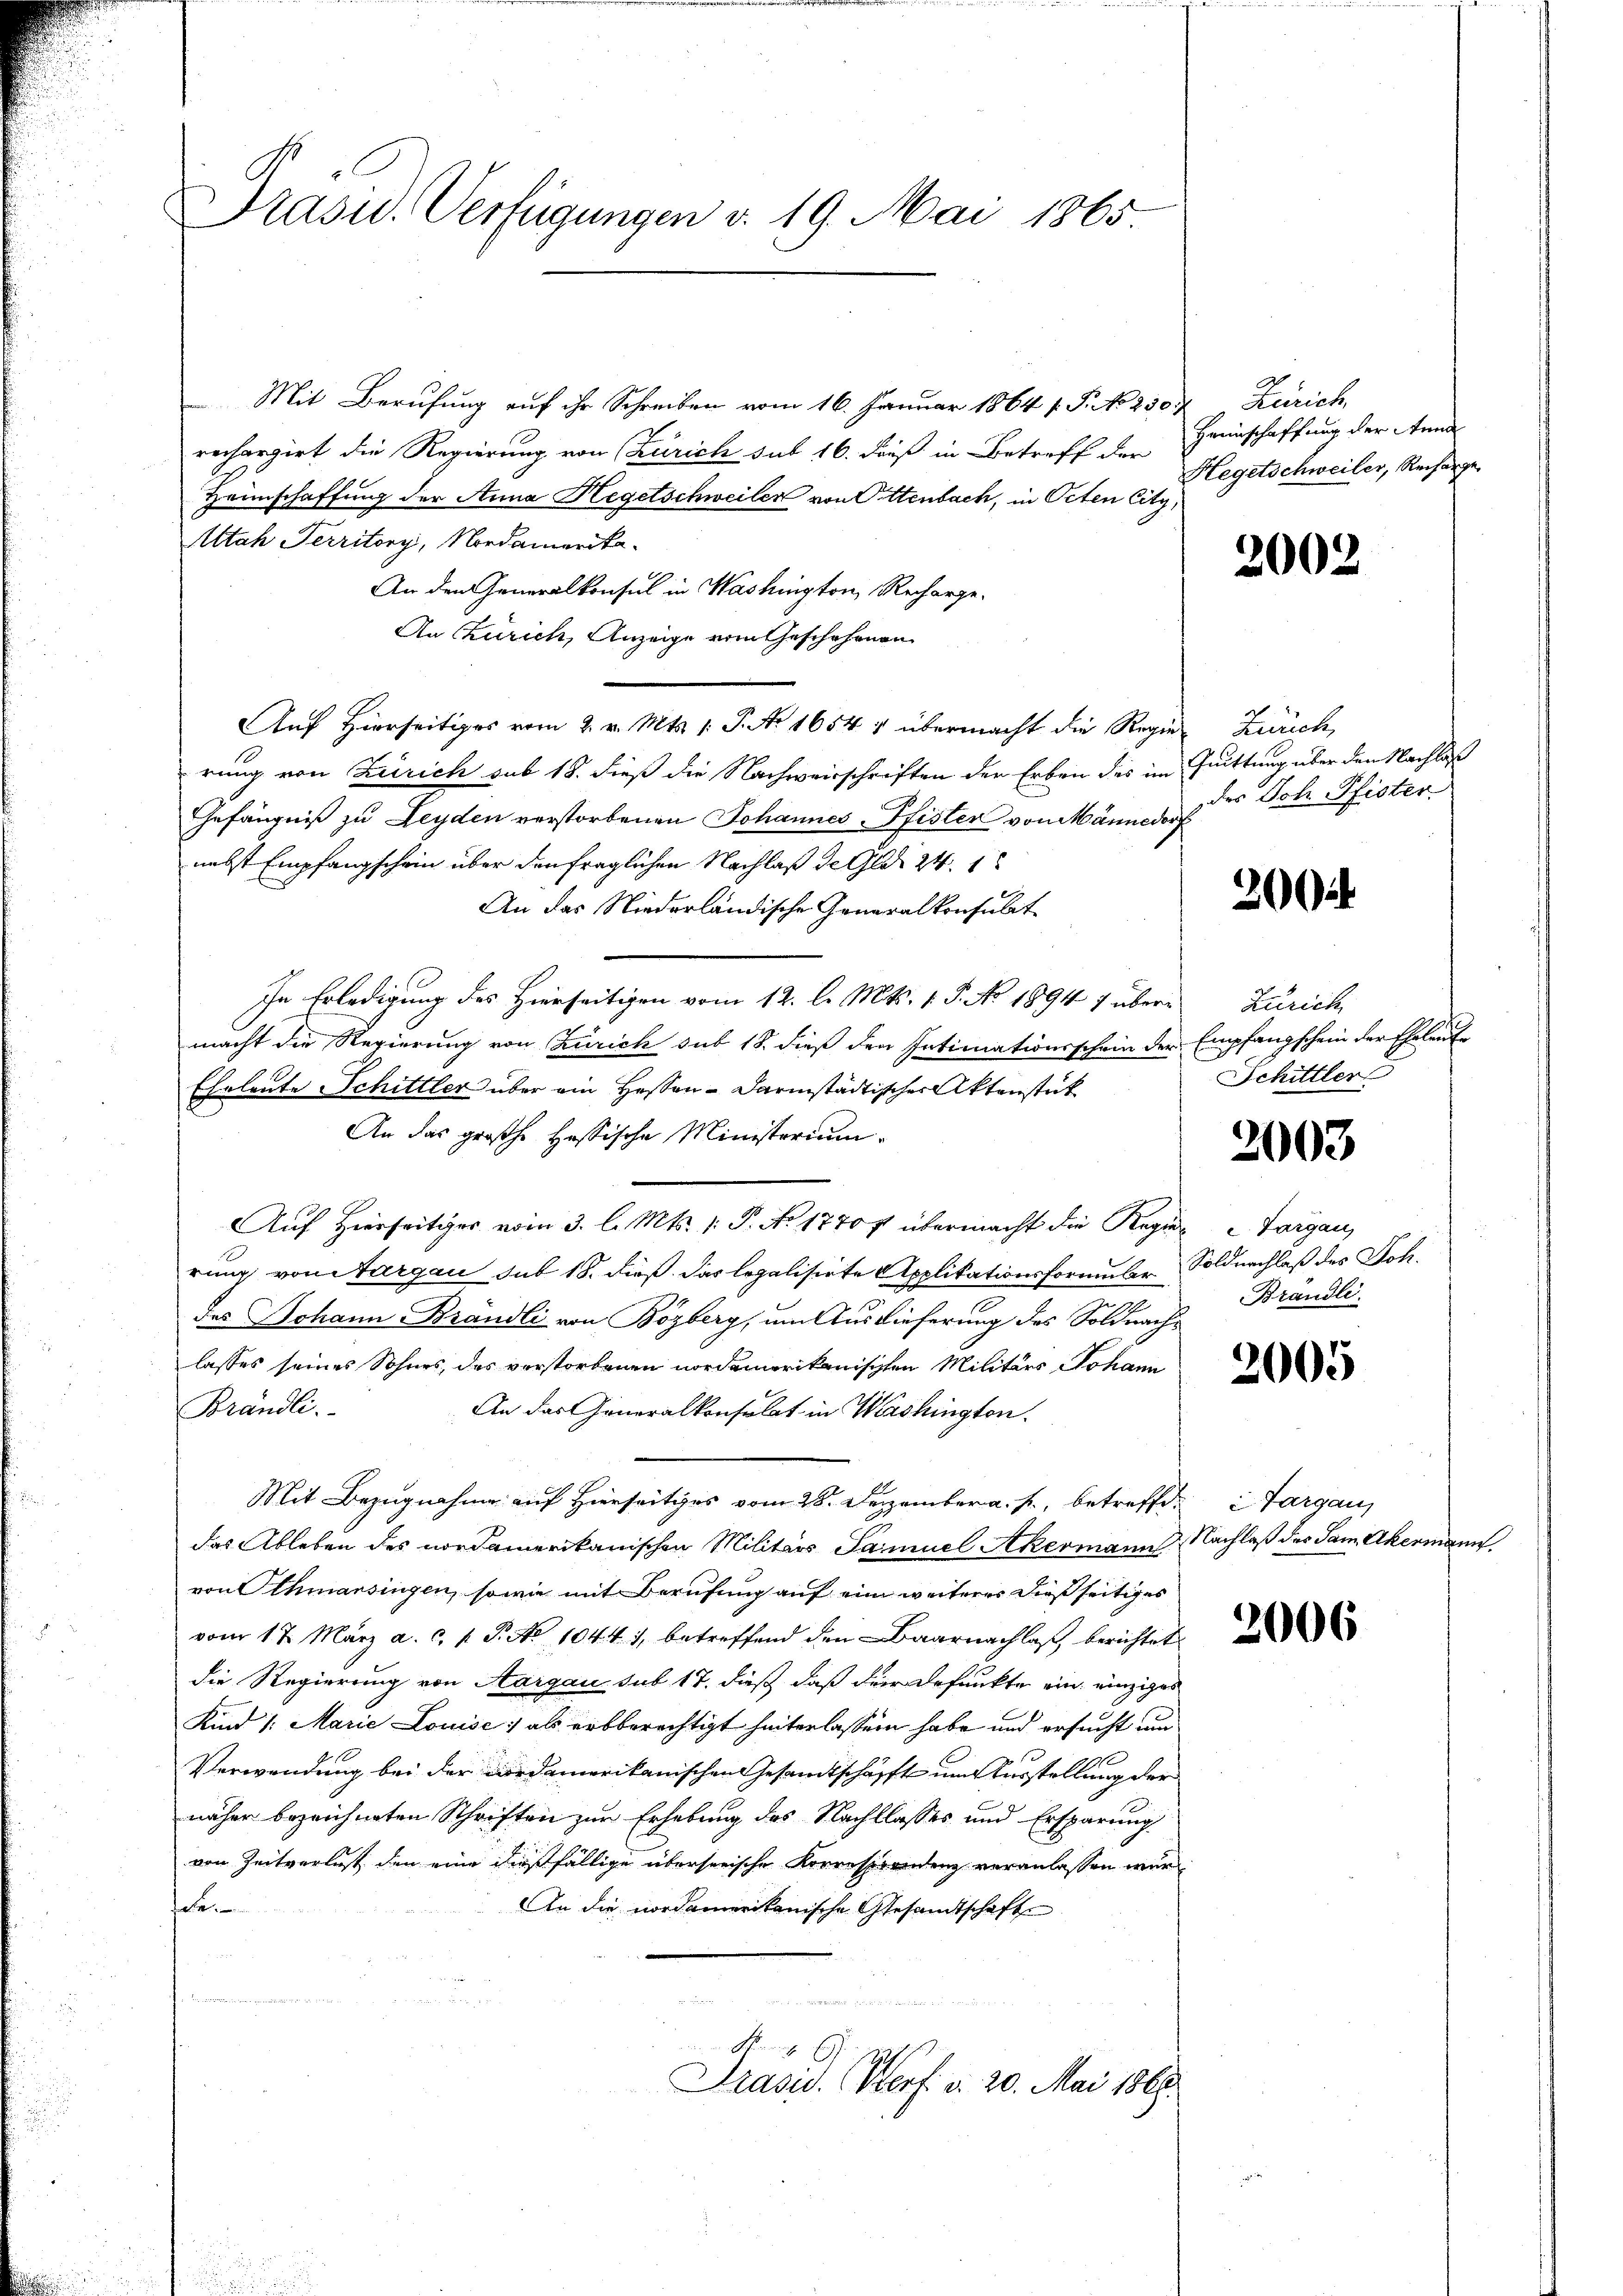
Präsid. Verfügungen v. 19. Mai 1865

Mit Berufung auf ihr Schreiben vom 16. Januar 1864 f. P. No 230.
rechargirt die Regierung von Zürich sub 16. Fuß in Betreff der
Heimschaffung der Anna Hegetschweiler von Ottenbach, in Oeten City,
Altah Territory, Nordamerika.
An den Generalkonsul in Washington, Recharge-
An Zürich, Anzeige vom Geschehenen
Auf Hierseitiges vom 2. v. Mts. 1. P. Nr. 1654 v übermacht die Regier Zürich,
rung von Zürich sub 18. dieß die Nachweisschriften der Erben des im Quittung über den Nachlas
Gefängniß zu Leyden verstorbenen Johannes-Pfister von Männedor
nebst Empfangschein über den fraglichen Nachlaß der Glas 24. 1
An das Niederländische Generalkonsulat
In Erledigung des Hierseitigen vom 12. l. Mts. 1. P. No. 1894 7 übere Zürich,
macht die Regierung von Zürich sub 18. dieß den Intimationsschein der Empfangschein der Eheleute
Eheleute Schittler über ein Hessen-Darmstädtischer Aktenstück
An das großhe Hassische Ministerium
rung von Aargau sub 18. dieß das legalisirte Applikationsformular-Soldnachlaß des Joh.
des Johann Brandli von Bözberg, um Auslieferung des Soldnach-
lasses seines Sohnes, das verstorbenen nordamerikanischen Militärs Johann
Brändli
An das Generalkonsulat in Washington.
Mit Bezugnahme auf Hierseitiges vom 28. Dezember a. f., betreffe, Aargau
das Ableben des nordamerikanischen Militärs Samuel Akermann Nachlaß des Sam Akermann
von Othmarsingen, sowie mit Berufung auf ein weiterer dießseitiges
vom 17. März a. c. l. P. No 10441, betreffend den Baarnachlaß berichtet
die Regierung von Aargau sub 17. dieß daß der defunkte ein einziges
Kind /: Marie Louise; als erbberechtigt hinterlassen habe und ersucht und
Verwendung bei der cordamerikanischen Gesamtschäfft um Ausstellung der
näher bezeichneten Schriften zur Erhebung des Nachklasses und Ersparung
von Zeitverlust, den eine dießfällige übersenische Korrespondenz veranlassen wurd
fche
An die nordamerikanische Gesandtschaft

F. 16.
Prasid. Herf. d. 20. Mai 1868.

Auf Hierseitiges vom 3. l. Mts. 1. P. No 1770 übermacht die Regier u Sargau,

Zürich,
Heinschaffung der Anna
Hegetschweiler, Recharge

2002

des Joh. Pfister.

200

Schittler

2003

Brandle.

2005

2006